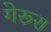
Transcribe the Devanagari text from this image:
गेरूरा